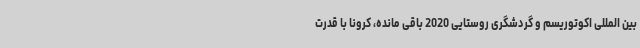
بین المللی اکوتوریسم و گردشگری روستایی 2020 باقی مانده، کرونا با قدرت